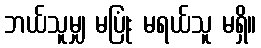
ဘယ်သူမျှ မပြုံး မရယ်သူ မရှိ။